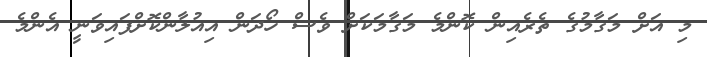
މި އަށް މަގާމުގެ ތެރެއިން ކޮންމެ މަގާމަކަށް ވެސް ހޯދަން އިއުލާންކޮށްފައިވަނީ އެންމެ